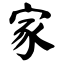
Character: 家